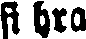
fi hra